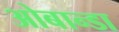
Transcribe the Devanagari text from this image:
ओबान्डा